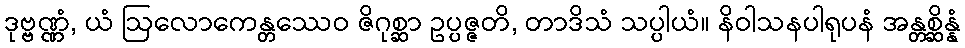
ဒုဗ္ဗဏ္ဏံ, ယံ ဩလောကေန္တဿေဝ ဇိဂုစ္ဆာ ဥပ္ပဇ္ဇတိ, တာဒိသံ သပ္ပါယံ။ နိဝါသနပါရုပနံ အန္တစ္ဆိန္နံ